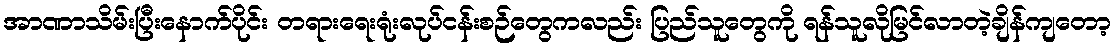
အာဏာသိမ်းပြီးနောက်ပိုင်း တရားရေးရုံးလုပ်ငန်းစဉ်တွေကလည်း ပြည်သူတွေကို ရန်သူလိုမြင်လာတဲ့ချိန်ကျတော့